Jaan_Tonisson_(Lasteleht), lk 194
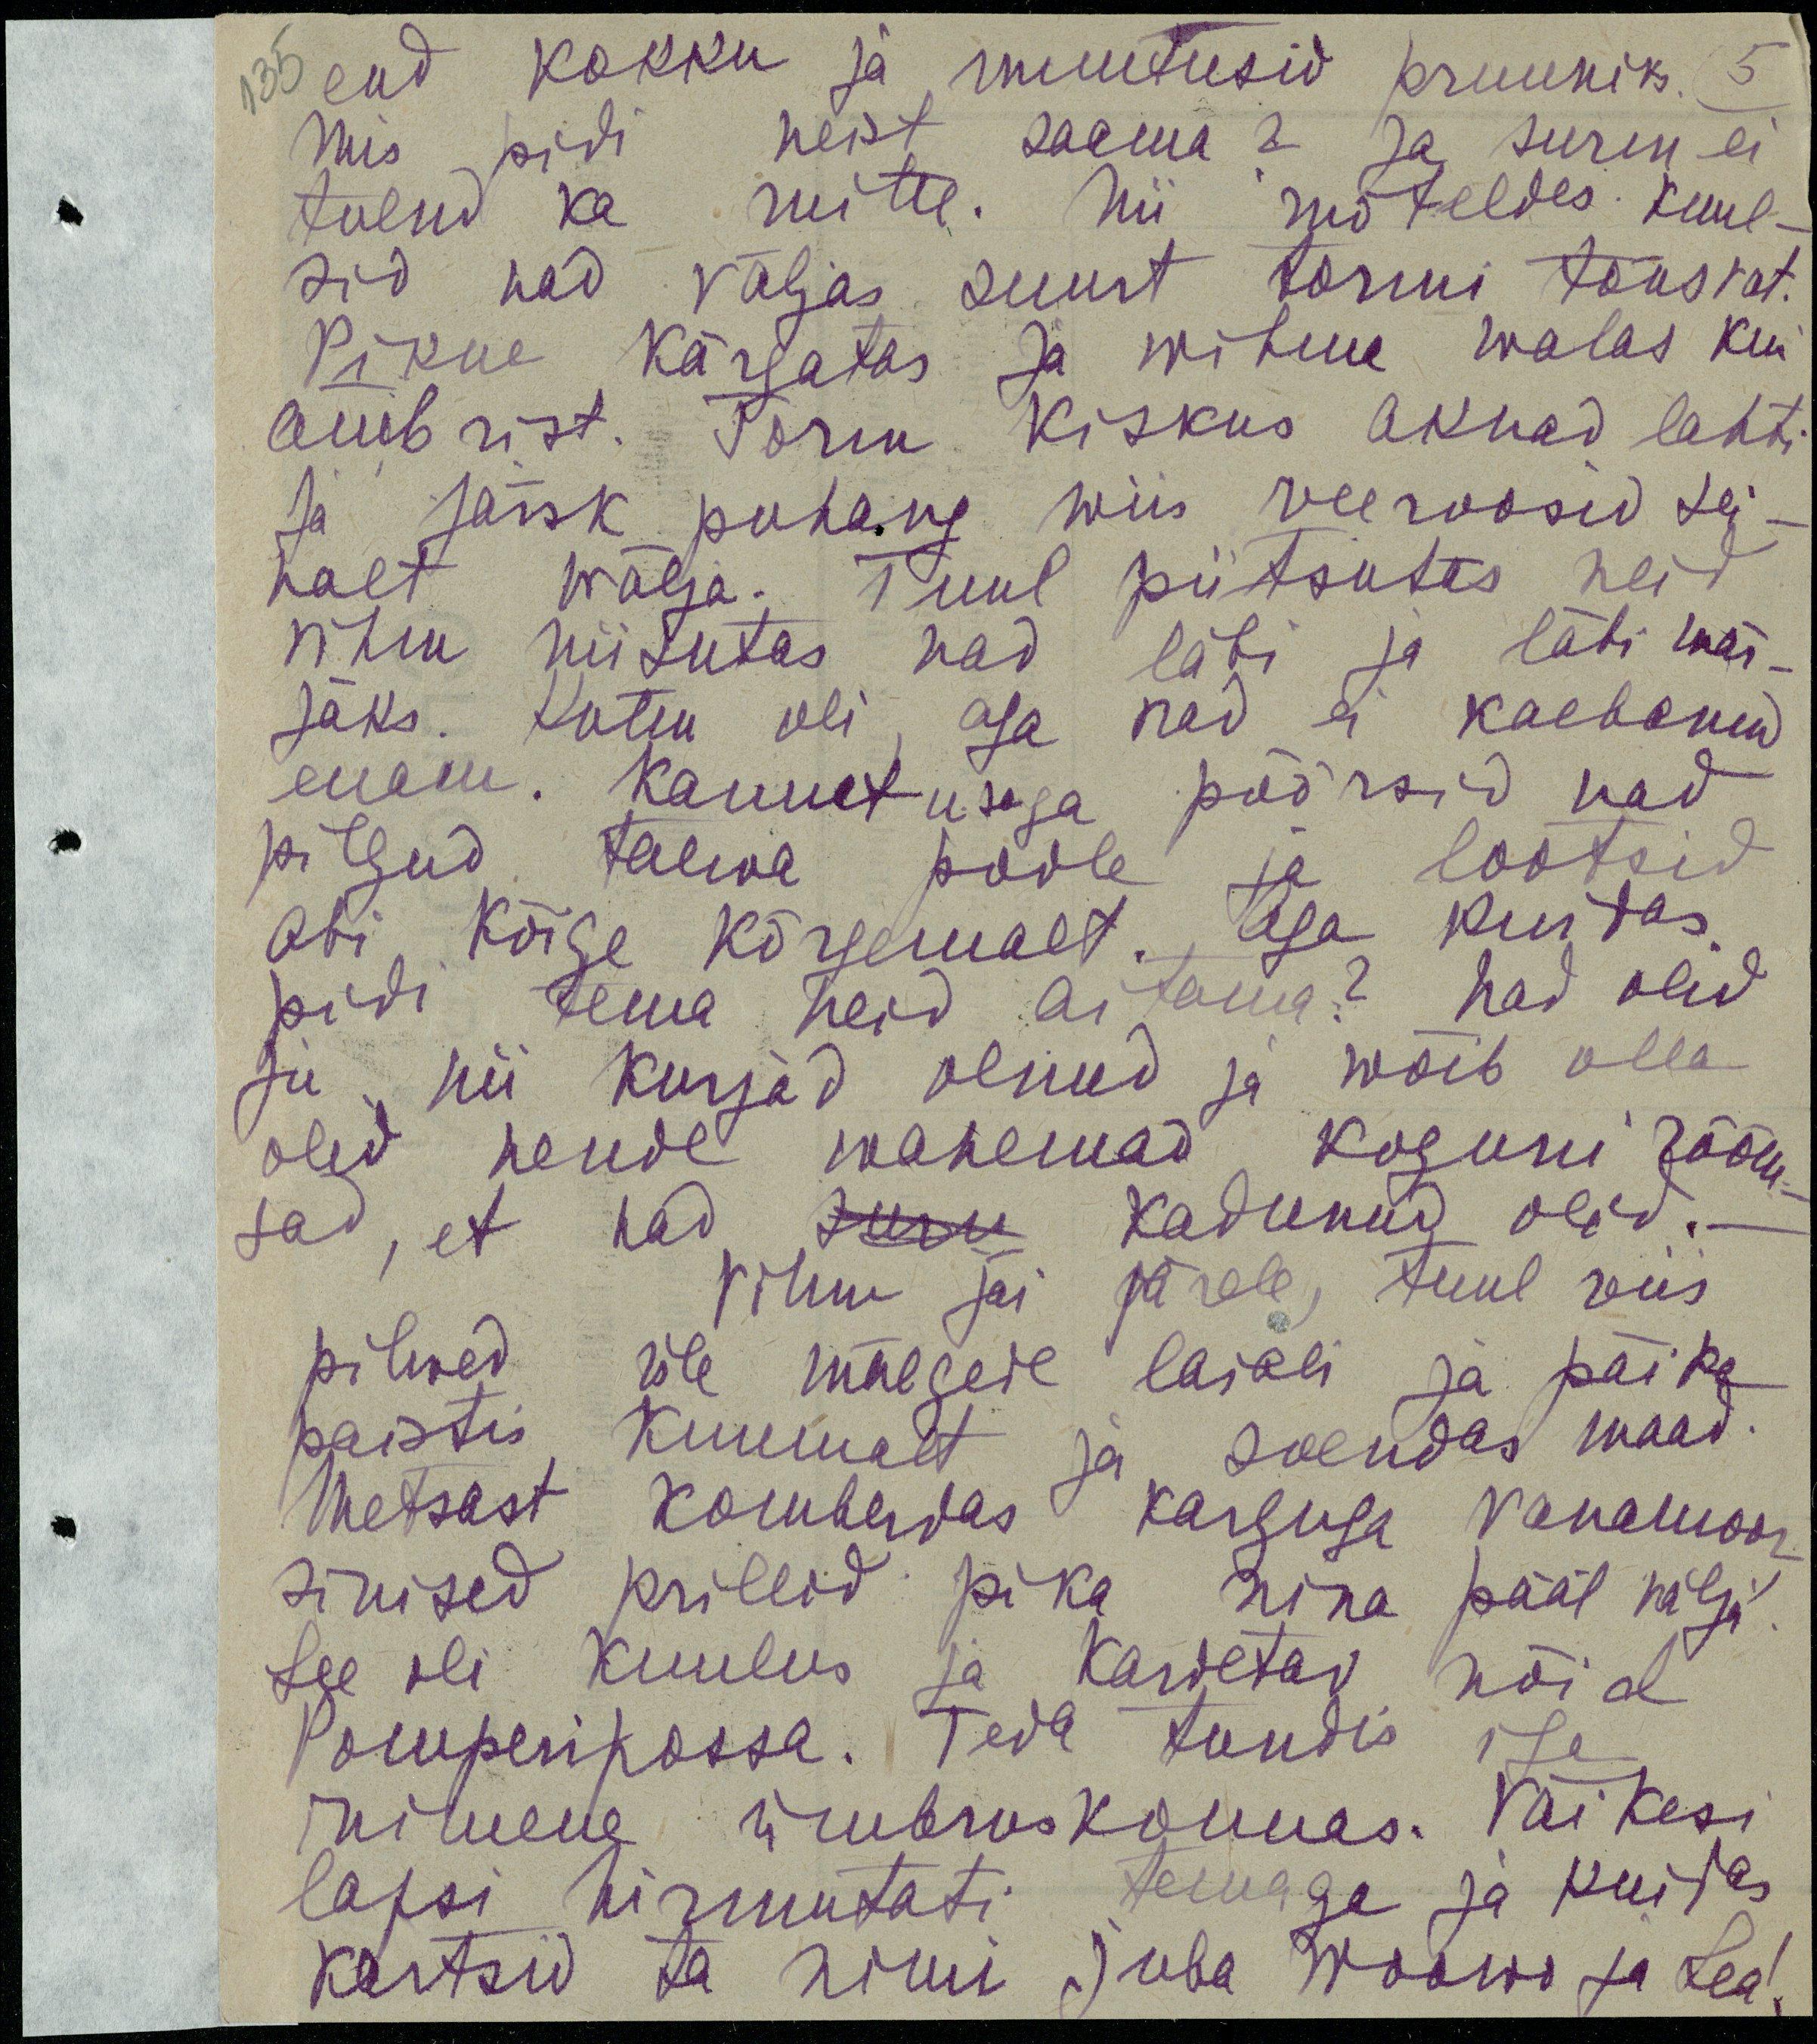
end kokku ja muutusid pruuniks
mis pidi neist saama? Ja surm ei
tulnud ka mitte. nii mõteldes kuul-
sid nad väljas suurt tormi tõusvat.
Pikne kärgatas ja wihma walas kui
ämbrist. Torm kiiskus aknad lahti
ja järsk puhang wiis veeroosid sei-
nalt wälja. Tuul piitsutas neid
vihm niisutas nad läbi ja läbi mär-
jaks. Külm oli aga nad ei kaebanud
enam. Kannatusega põõrasid nad
pilgud taeva poole ja lootsid 
abi kõige kõrgemalt, aga kuidas 
pidi tema neid aitama? Nad olid
ju nii kurjad olnud ja wõib olla
olid nende wanemad koguni rõõm-
sad, et nad suru kadunud olid.
Vihm jäi järele, tuul viis
pilved üle mägede laiali ja päike
paistis kuumalt ja soendas maad.
Metsast komberdas karguga vanamoor
sinised prillid pika nina pääl välja.
See oli kuulus ja kardetav nõid
Pomperipossa. Teda tundis iga
inimene ümbruskonnas. Väikesi
lapsi hirmutati temaga ja kuidas
kartsid ta nimi juba Woowo ja Lea